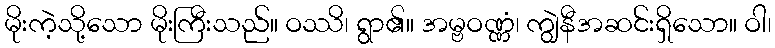
မိုးကဲ့သို့သော မိုးကြီးသည်။ ဝဿိ၊ ရွာ၏။ အမ္ဗဝဏ္ဏံ၊ ကျွဲနီအဆင်းရှိသော။ ဝါ၊